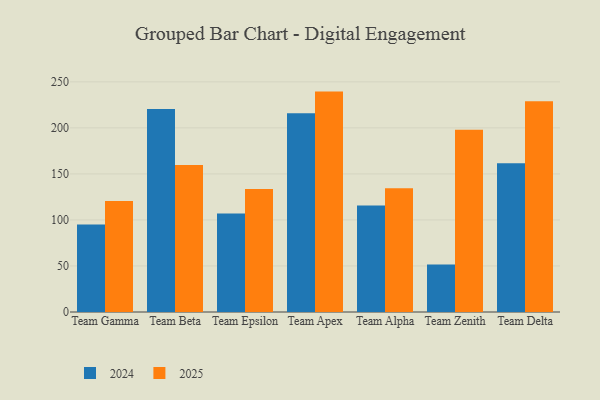
{"axis": {"x": "Team", "y": "Budget (USD K)"}, "legend": ["2024", "2025"], "data": [{"x": "Team Gamma", "y": 95.1, "type": "2024"}, {"x": "Team Gamma", "y": 120.7, "type": "2025"}, {"x": "Team Beta", "y": 220.5, "type": "2024"}, {"x": "Team Beta", "y": 159.8, "type": "2025"}, {"x": "Team Epsilon", "y": 106.9, "type": "2024"}, {"x": "Team Epsilon", "y": 133.5, "type": "2025"}, {"x": "Team Apex", "y": 215.8, "type": "2024"}, {"x": "Team Apex", "y": 239.4, "type": "2025"}, {"x": "Team Alpha", "y": 115.8, "type": "2024"}, {"x": "Team Alpha", "y": 134.4, "type": "2025"}, {"x": "Team Zenith", "y": 51.7, "type": "2024"}, {"x": "Team Zenith", "y": 197.9, "type": "2025"}, {"x": "Team Delta", "y": 161.5, "type": "2024"}, {"x": "Team Delta", "y": 229.0, "type": "2025"}]}